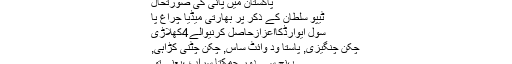
پاکستان میں پانی کی صورتحال
ٹیپو سلطان کے ذکر پر بھارتی میڈیا چراغ پا
سول ایوارڈکااعزازحاصل کرنیوالے4کھلاڑی
چکن چنگیزی, پاستا وِد وائٹ ساس, چکن چٹنی کڑاہی,
پہنچ سے دور چمکتا سراب ،یعنی تُو۔